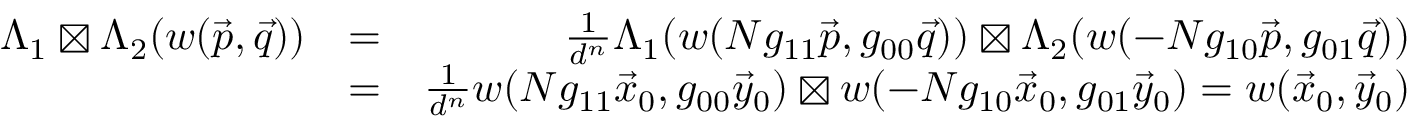
\begin{array} { r l r } { \Lambda _ { 1 } \boxtimes \Lambda _ { 2 } ( w ( \vec { p } , \vec { q } ) ) } & { = } & { \frac { 1 } { d ^ { n } } \Lambda _ { 1 } ( w ( N g _ { 1 1 } \vec { p } , g _ { 0 0 } \vec { q } ) ) \boxtimes \Lambda _ { 2 } ( w ( - N g _ { 1 0 } \vec { p } , g _ { 0 1 } \vec { q } ) ) } \\ & { = } & { \frac { 1 } { d ^ { n } } w ( N g _ { 1 1 } \vec { x } _ { 0 } , g _ { 0 0 } \vec { y } _ { 0 } ) \boxtimes w ( - N g _ { 1 0 } \vec { x } _ { 0 } , g _ { 0 1 } \vec { y } _ { 0 } ) = w ( \vec { x } _ { 0 } , \vec { y } _ { 0 } ) } \end{array}